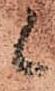
候